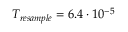
T _ { r e s a m p l e } = 6 . 4 \cdot 1 0 ^ { - 5 }